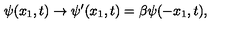
{ \psi } ( x _ { 1 } , t ) \to { \psi } ^ { \prime } ( x _ { 1 } , t ) = { \beta } { \psi } ( - x _ { 1 } , t ) ,